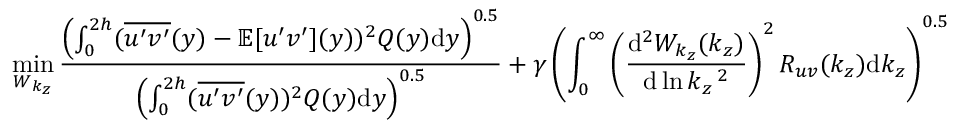
\operatorname* { m i n } _ { W _ { k _ { z } } } \frac { \left( \int _ { 0 } ^ { 2 h } ( \overline { { u ^ { \prime } v ^ { \prime } } } ( y ) - \mathbb { E } [ u ^ { \prime } v ^ { \prime } ] ( y ) ) ^ { 2 } Q ( y ) \mathrm { d } y \right) ^ { 0 . 5 } } { \left( \int _ { 0 } ^ { 2 h } ( \overline { { u ^ { \prime } v ^ { \prime } } } ( y ) ) ^ { 2 } Q ( y ) \mathrm { d } y \right) ^ { 0 . 5 } } + \gamma \left( \int _ { 0 } ^ { \infty } \left( \frac { \mathrm { d } ^ { 2 } W _ { k _ { z } } ( k _ { z } ) } { \mathrm { d } \ln k _ { z } \, ^ { 2 } } \right) ^ { 2 } R _ { u v } ( k _ { z } ) \mathrm { d } k _ { z } \right) ^ { 0 . 5 }